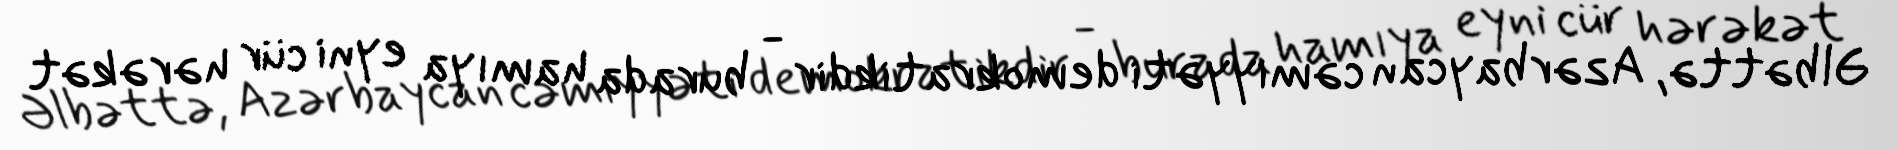
Əlbəttə, Azərbaycan cəmiyyəti demokratikdir - burada hamıya eyni cür hərəkət